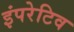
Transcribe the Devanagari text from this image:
इंपरेटिव